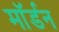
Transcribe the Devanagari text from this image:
माॅर्डन